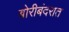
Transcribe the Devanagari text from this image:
बोरीबंदरात